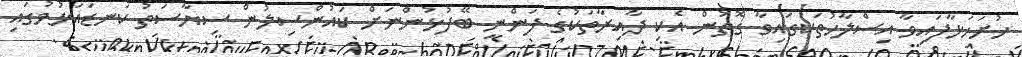
ހުށަހަޅާފައިވާ އިސްލާހުތަކުގައިވާ ގޮތުން އެކި ދާއިރާތަކުގެ ފަންނީ ބޭފުޅުންނަށް ކައުންސިލުން ސިޔާސަތު ކަނޑައަޅުމުގައި